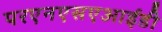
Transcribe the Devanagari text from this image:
परएनएसएआईडी